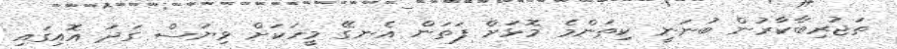
ތަޖުރިބާކާރުން ބުނަނީ ކިތަންމެ މޮޅަށް ފަތަން އެނގޭ މީހަކަށް ވިޔަސް ގަދަ އޮއިގައި